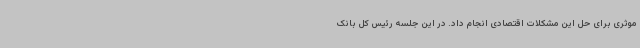
موثری برای حل این مشکلات اقتصادی انجام داد. در این جلسه رئیس کل بانک